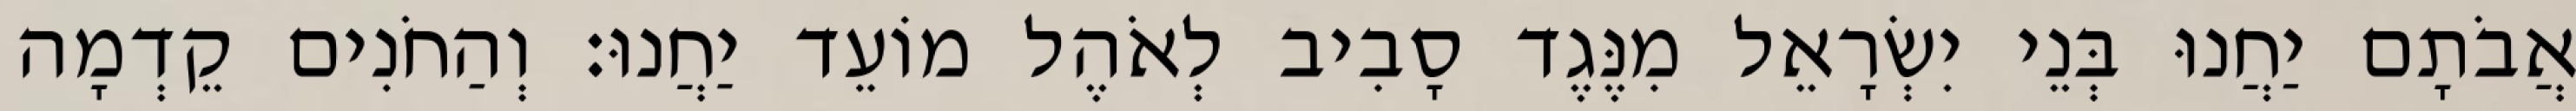
אֲבֹתָם יַחֲנוּ בְּנֵי יִשְׂרָאֵל מִנֶּגֶד סָבִיב לְאֹהֶל מוֹעֵד יַחֲנוּ׃ וְהַחֹנִים קֵדְמָה